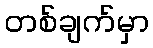
တစ်ချက်မှာ